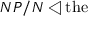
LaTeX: N P / N \triangleleft { \mathrm { t h e } }